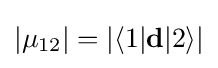
|\mu _{12}|=|\langle 1|\mathbf {d} |2\rangle |